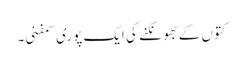
کتوں کے بھونکنے کی ایک پوری سمفنی۔